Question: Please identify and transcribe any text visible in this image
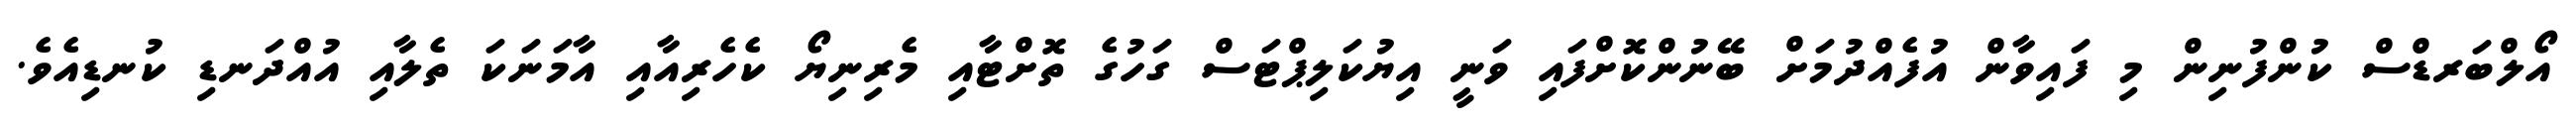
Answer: އޯލްބަރޑްސް ކުންފުނިން މި ފައިވާން އުފެއްދުމަށް ބޭނުންކޮށްފައި ވަނީ އިޔުކަލިޕްޓަސް ގަހުގެ ތޮށްޓާއި މެރިނިޔޯ ކެހެރިއާއި އާމަނަކަ ތެލާއި އުއްދަނޑި ކުނޑިއެވެ.